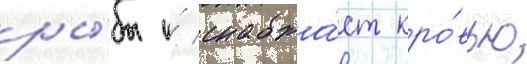
ры́бы и́ снабжа́ет кро́вью